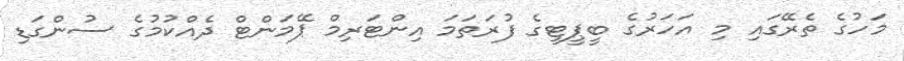
މަހުގެ ތެރޭގައި މި އަހަރުގެ ބީޕީޓީގެ ފުރަތަމަ އިންޓަރިމް ޕޭމަންޓް ދެއްކުމުގެ ސުންގަޑި